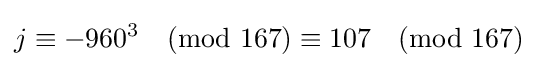
j\equiv -960^{3}{\pmod {167}}\equiv 107{\pmod {167}}